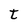
Character: t